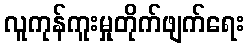
လူကုန်ကူးမှုတိုက်ဖျက်ရေး